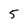
Character: 5